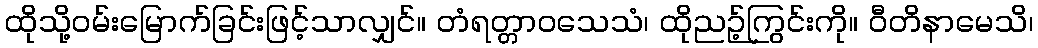
ထိုသို့ဝမ်းမြောက်ခြင်းဖြင့်သာလျှင်။ တံရတ္တာဝသေသံ၊ ထိုညဉ့်ကြွင်းကို။ ဝီတိနာမေသိ၊